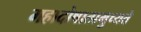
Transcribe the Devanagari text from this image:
महादोषात्प्रमुच्यते